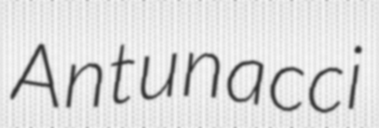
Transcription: Antunacci